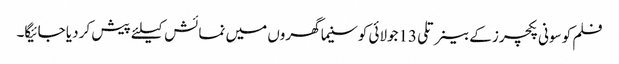
فلم کو سونی پکچرز کے بینر تلی13جولائی کوسنیما گھروں میں نمائش کیلئے پیش کر دیا جائیگا۔